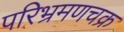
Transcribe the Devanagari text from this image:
परिभ्रमणचक्र